system: You are a helpful assistant.
user:
Analyze the provided spectrum to determine if it is a **Carbon Star (C-type)**.

- **Key Visual Indicators of Carbon Star:**
    - **(Primary):** Strong molecular absorption from **C₂ (diatomic carbon) "Swan Bands."** This is the **defining feature** of a carbon star.
        - **(Key Bandheads):** Sharp absorption edges are visible at approximately $5635$ Å, $5165$ Å (the strongest band), and $4737$ Å.
        - **(Line Profile):** Creates a distinct **"saw-tooth"** pattern. The key morphology is a sharp, steep bandhead on the **red (long-wavelength) side**, which then gradually tapers off (i.e., flux recovers) towards the **blue (short-wavelength) side**. *(This is the direct opposite of the TiO bands seen in M-type stars)*.

    - **(Secondary):** Intense **CN (cyanogen)** molecular absorption bands.
        - **(Key Bandheads):** Located in the blue and violet regions of the spectrum (e.g., near $4215$ Å and $3883$ Å).
        - **(Morphology):** These bands are extremely broad and act as a "blanket," absorbing the vast majority of blue and violet light. This creates a characteristic **"cliff"** or **"steep drop-off"** in the spectrum's flux at short wavelengths.

    - **(Key Confirmation):** Strong **CH absorption band (G-band)**.
        - **(Key Bandhead):** Located around $4300$ Å. The contribution from CH molecules to this band is exceptionally strong.

    - **(Overall Spectrum):**
        - The continuum is severely "chopped up" by these deep molecular bands, especially C₂, rather than appearing as a smooth curve.
        - Due to the heavy CN and C₂ absorption in the blue-green, the vast majority of the star's flux is concentrated in the red part of the spectrum, giving the star its characteristic deep red color.

Think first, call **spectral_visualization_tool** if needed to examine features in detail, then provide your final answer. Your response must adhere to the following strict rules:
1.  **Overall Structure:** Your response must follow the format `<think>...</think> <tool_call>...</tool_call> (if a tool is used) <answer>...</answer>`.
2.  **Tool Usage Constraint:** You may only make **one** tool call per turn.
3.  **Final Answer Format:** In the `<answer>` tag, your conclusion must be inside a `\boxed{}` command (e.g., `\boxed{YES}`), followed by your justification.

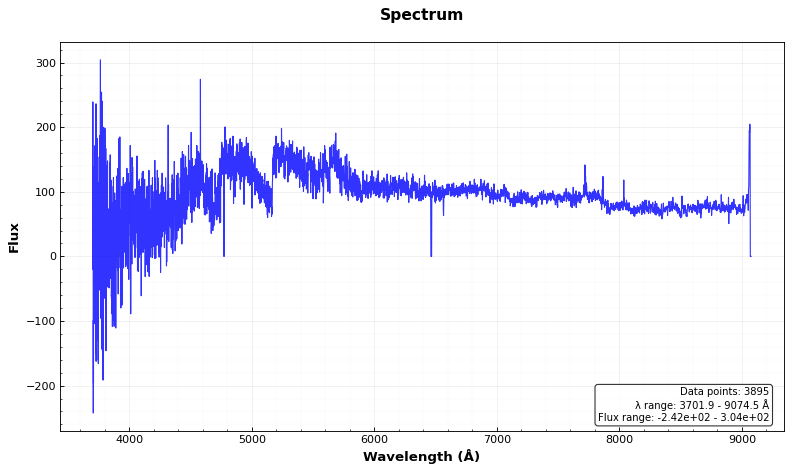
Answer: YES